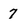
Character: 7